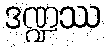
ဒဏ္ဍဿ